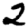
Digit: 2